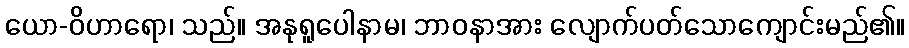
ယော-ဝိဟာရော၊ သည်။ အနုရူပေါနာမ၊ ဘာဝနာအား လျောက်ပတ်သောကျောင်းမည်၏။